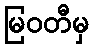
မြဝတီမှ